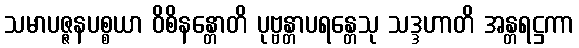
သမာပဇ္ဇနပစ္စယာ ဝိစိနန္တောတိ ပုဗ္ဗန္တာပရန္တေသု သဒ္ဒဟာတိ အန္တရဋ္ဌကာ